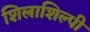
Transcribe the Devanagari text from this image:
शिलाशिल्पी